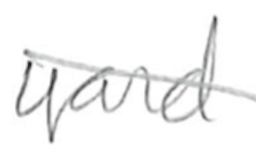
Text: yard
Cross-out: diagonal
Writing tool: pencil